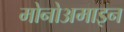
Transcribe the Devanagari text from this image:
मोनोअमाइन